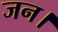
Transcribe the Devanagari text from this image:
जन।